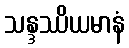
သန္ဒဿိယမာနံ